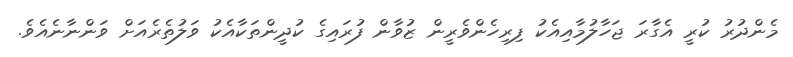
މެންދުރު ކުރީ އެގާރަ ޖަހާލުމާއިއެކު ފިރިހެންވެރީން ޒުވާން ފުރައިގެ ކުދީންތަކާއެކު ވަލުތެރެއަށް ވަންނާނެއެވެ.